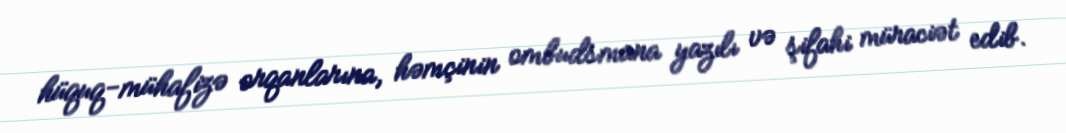
hüquq-mühafizə orqanlarına, həmçinin ombudsmana yazılı və şifahi müraciət edib.